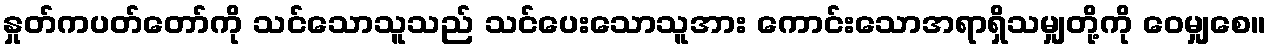
နှုတ်ကပတ်တော်ကို သင်သောသူသည် သင်ပေးသောသူအား ကောင်းသောအရာရှိသမျှတို့ကို ဝေမျှစေ။